King Institute of Preventive Medicine Micro-Biological Section reports 1909-11
Year: 1909
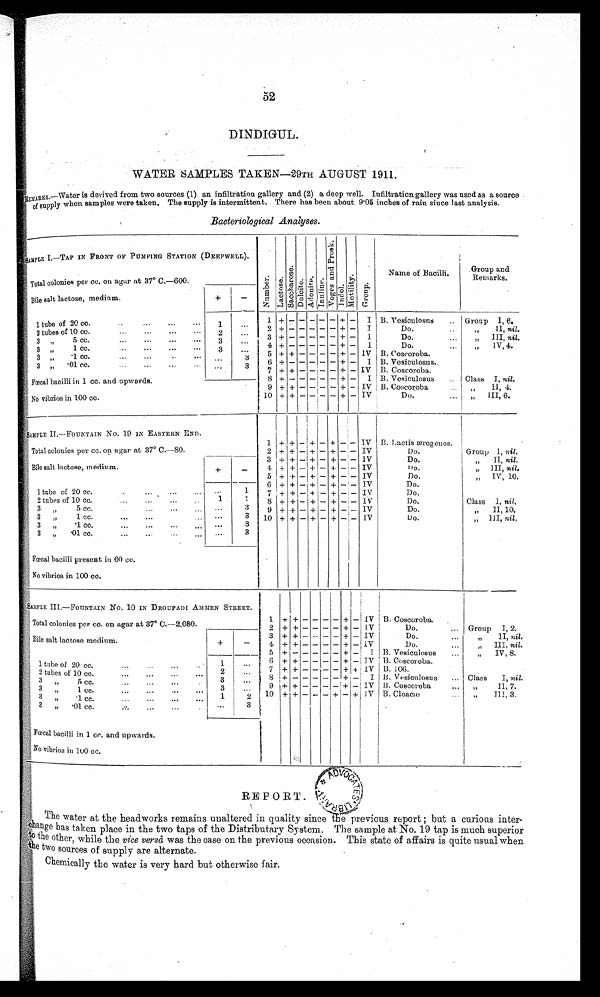
52
DINDIGUL.
WATER SAMPLES TAKEN—29TH AUGUST 1911.
REMARKS.—Water is derived from two sources (1) an infiltration gallery and (2) a deep well. Infiltration gallery was used as a source
of supply when samples were taken. The supply is intermittent. There has been about 9.05 inches of rain since last analysis.
Bacteriological Analyses.
SAMPLE I.—
T A P I N F R O N T O F P U M P I N G S T A T I O N ( D E E P W E L L ) .
N u m b e r .
L a c t o s e .
S a c c h a r o s e .
Du l c i t e . Ad o n i t e . I n u l i n .
V o g e s a n d P r o s k .
I ndol . Mo r t i l i t y . Gr o u p .
Name of Bacilli.
Group and
Remarks.
Total colonies per cc. on agar at 37° C.—
600.
Bile salt lactose, medium.
+
—
1 t ube of 20 cc. . . . . . . . . . . . .
1 ... 1 + — — —
— —
+ — I B. Vesiculosus ... Group I, 6.
2
+ — — — — —
+ — I
Do . . . .
, , I I ,n
i l .
2 tubes of 10 cc.
... ... ... ...
2 ...
3 +
— — — — —
+ — 1
Do.
...
„ III, nil.
3 ,, 5cc. ... ... ... ...
3 ...
4 +
— — — — —
+ — 1
Do.
... '' IV,4.
3 , ,
1 c c . . . . . . . . . . . . .
3 ...
5 + +
— — — —
+ —
I V
B. Coscoroba.
3
, ,
. 1 c c .
. . .
. . . . . . . . .
. . .
3 6 +
— — — — —
+ — I B. Vesiculosus.
3 ,, .01 cc. ... ... ... ...
. . .
3 7 + + —
— —
— + — IV B. Coscoroba.
Fœcal bacilli in 1 cc. and upwards.
8 +
—
— —
— —
+ — I B. Vesiculosus
Class I, nil.
9 + + — —
— —
+ — IV B. Coscoroba.
,, II, 4.
No vibrios in 100 cc.
10 + + — —
— —
+ — IV Do.
... „ III, 6.
SAMPLE II—
FOUNTAIN No. 19 IN EASTERN END.
1 + + — +
—
+ — — IV B. lactis ærogenes.
Total colonies per cc. on agar at 37 0 C.—
80.
2 + + — +
—
+ — — IV
Do.
I Group 1, nil.
Bile salt lactose, medium
+
—
3 + + — +
—
+ —
—
IV
Do.
„ II, nil.
4 + +
—
+
—
+
—
— IV
Do.
,,
III, nil.
5 + +
—
+
—
+ — — IV
Do.
„ IV, 10.
1 tube of 20 cc.
...
... ... ...
. . .
1 6 + +
—
+
—
+ — — IV
Do.
7 + +
—
+
—
+
— —
IV
Do.
2 tubes of 10 cc.
... . . . . . . . . .
1
1
8 + + — +
—
+
—
—
I V
Do.
Class I, n i l .
3 „
5 cc.
... . . .
. . .
. . . ...
3 9 + + — +
—
+
— —
IV
Do.
„ II, 10.
3 „
1 cc.
...
...
... . . . . . .
3 10 + + — + — +
—
— IV
Do.
„ III, n i l .
3
, ,
. 1 c c .
. . .
. . .
. . .
. . . . . .
3
3
,, . 0 1 c c .
. . .
. . .
. . .
. . .
. . .
3
Fœcal bacilli present in 60 cc.
No vibrios in 100 cc.
S A M P L E I I I . — F O U N T A I N N o . 1 0 I N D R O U P A D I A M M E N S T R E E T .
1 +
+
—
— —
— + — IV B. Coscoroba.
Total colonies per cc. on agar at 37° C.—
2.080.
2 + +
—
—
—
— + — IV
Do.
... Group I, 2.
Bile salt lactose medium.
+
—
3 + +
— — — —
+ — IV
Do.
...
,, II, nil.
4 + +
—
—
— —
+ — IV
D o . . . .
III. nil.
5 +
— — — — —
+
—
I V B. Vesiculosus
„ IV, 8.
1 t u b e o f 2 0 c c . . . . . . . . . . . . .
1
. . . 6 + +
— — — —
+
—
I V
B. Coscoroba
2 tubes of 10 cc.
. . . . . . . . . . . .
2
. . .
7 ++
— — — —
+ + IV B . 1 0 6 .
3 , , 5 c c . . . . . . . . . . . . .
3
. . .
8 +
— — — — —
+ — I V
Vesiculosu s ...
Class I, nil.
3 , , 1 c c .
. . . . . . . . .
. . .
3
...
9 + +
—
—
— —
+ — IV B. Coscoroba
...
, ,
I I , 7 .
3 , , . 1 c c . . . . . . . . . . . . .
1
2 10 ++
—
—
—
—
+
—
IV B. Cloacæ
... „ III. 3.
3 , , . 0 1 c c . . . . . . . . . . . . .
. . .
3
Fœcal bacilli in 1 cc. and upwards.
No vibrios in 100 cc.
REPORT.
The water at the headworks remains unaltered in quality since the previous report ; but a curious inter-
change has taken place in the two taps of the Distributary System. The sample at No. 19 tap is much superior
to the other, while the vice versâ was the case on the previous occasion. This state of affairs is quite usual when
the two sources of supply are alternate.
Chemically the water is very hard but otherwise fair.